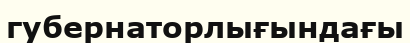
губернаторлығындағы